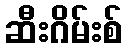
ဆီးဂိမ်းစ်